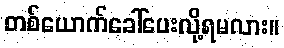
တစ်ယောက်ခေါ်ပေးလို့ရမလား။